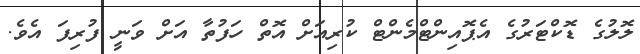
ލޮލުގެ ޑޮކްޓަރުގެ އެޕޮއިންޓްމެންޓް ކުރިއަށް އޮތް ހަފުތާ އަށް ވަނީ ފުރިފަ އެވެ.